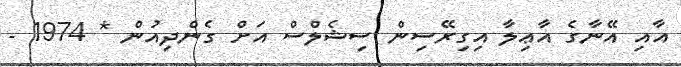
އާއި އޭނާގެ އާޢިލާ އިގިރޭސިން ސިޝެލްސް އަށް ގެންދިއުން * 1974 -